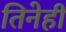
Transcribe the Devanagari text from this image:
तिनेही